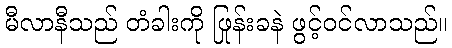
မီလာနီသည် တံခါးကို ဖြုန်းခနဲ ဖွင့်ဝင်လာသည်။